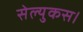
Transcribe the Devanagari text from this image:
सेल्युकस।